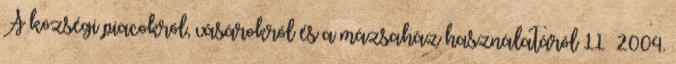
A községi piacokról, vásárokról és a mázsaház használatáról 11 2004.